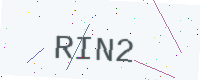
Text: RIN2